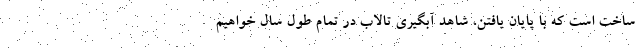
ساخت است که با پایان یافتن، شاهد آبگیری تالاب در تمام طول سال خواهیم